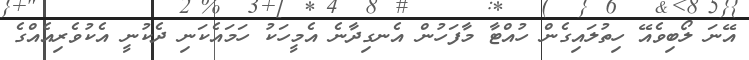
އޭނަ ލޯބިވެއޭ ހިތުލައިގެން ހުއްޓާ މާފަހުން އެނގިދާނެ އެމީހަކު ހަމައެކަނި ދެކުނީ އެކުވެރިއެއްގެ